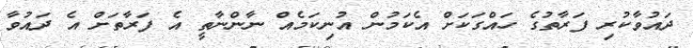
ދައުވާކުރި ފަރާތުގެ ހައްގަކަށް އެކަމުން އުނިކަމެއް ނާންނާތީ އެ ފަރާތަށް އެ ދައުވާ